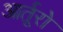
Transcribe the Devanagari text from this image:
आर्तूरो